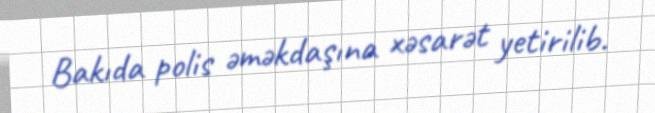
Bakıda polis əməkdaşına xəsarət yetirilib.